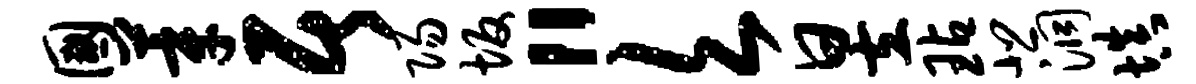
国莘居阳坂“欠昱玷悲洞填